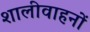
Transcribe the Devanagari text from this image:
शालीवाहनों